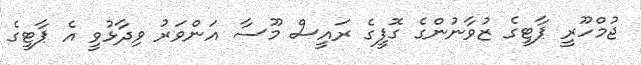
ޖުމްހޫރީ ޕާޓީގެ ޒުވާނުންގެ ގޮފީގެ ރައީސް މޫސާ އަންވަރު ވިދާޅުވީ އެ ޕާޓީގެ